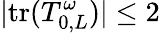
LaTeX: |\mathrm{tr}(T_{0,L}^{\omega})|\leq 2